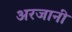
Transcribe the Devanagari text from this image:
अरजानी